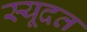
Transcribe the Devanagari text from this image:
स्यूदत